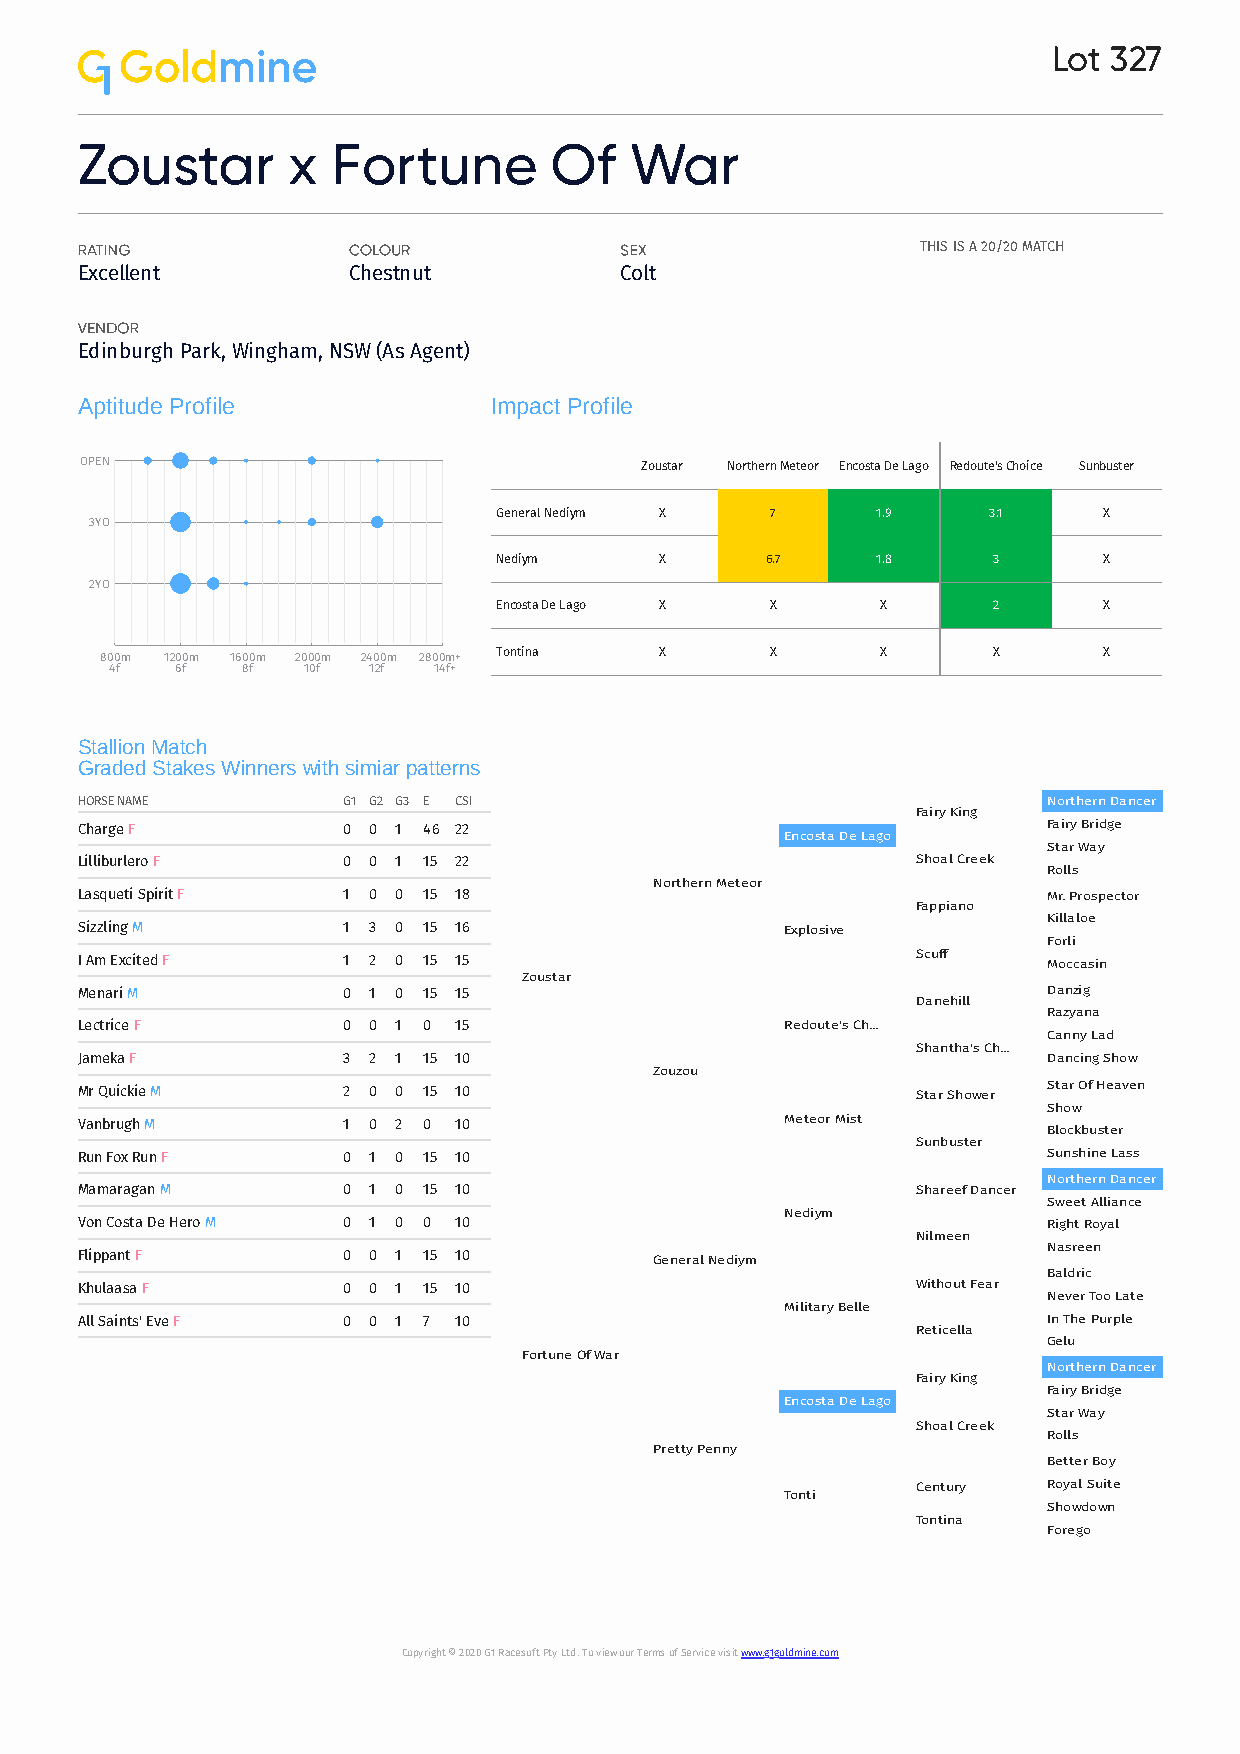
Lot 327
 Zoustar       x  Fortune       Of    War
 RATING            COLOUR            SEX                 THIS IS A 20/20 MATCH
 Excellent         Chestnut          Colt
 VENDOR
 Edinburgh Park, Wingham, NSW (As Agent)
 Aptitude Profile           Impact Profile
 OPEN                                 Zoustar Northern Meteor Encosta De Lago Redoute's Choice Sunbuster
 General Nediym X  7      1.9    3.1     X
 3YO
 Nediym     X      6.7    1.8     3      X
 2YO
 Encosta De Lago X X      X       2      X
 800m 1200m 1600m 2000m 2400m 2800m+ Tontina X X    X       X      X
 4f   6f  8f  10f 12f  14f+
 Stallion Match
 Graded Stakes Winners with simiar patterns
 HORSE NAME        G1 G2 G3 E CSI                                Northern Dancer
 Fairy King
 Charge F          0 0 1 46 22                                   Fairy Bridge
 Encosta De Lago
 Star Way
 Lilliburlero F    0 0 1 15 22                           Shoal Creek
 Rolls
 Northern Meteor
 Lasqueti Spirit F 1 0 0 15 18                                   Mr. Prospector
 Fappiano
 Killaloe
 Sizzling M        1 3 0 15 16                  Explosive
 Forli
 I Am Excited F    1 2 0 15 15                           Scuff   Moccasin
 Zoustar
 Menari M          0 1 0 15 15                                   Danzig
 Danehill
 Razyana
 Lectrice F        0 0 1 0 15                   Redoute's Ch...
 Canny Lad
 Shantha's Ch...
 Jameka F          3 2 1 15 10                                   Dancing Show
 Zouzou
 Mr Quickie M      2 0 0 15 10                           Star Shower Star Of Heaven
 Show
 Vanbrugh M        1 0 2 0 10                   Meteor Mist
 Blockbuster
 Sunbuster
 Run Fox Run F     0 1 0 15 10                                   Sunshine Lass
 Northern Dancer
 Mamaragan M       0 1 0 15 10                           Shareef Dancer
 Sweet Alliance
 Nediym
 Von Costa De Hero M 0 1 0 0 10                                  Right Royal
 Nilmeen
 Nasreen
 Flippant F        0 0 1 15 10         General Nediym
 Baldric
 Khulaasa F        0 0 1 15 10                           Without Fear
 Never Too Late
 Military Belle
 All Saints' Eve F 0 0 1 7 10                                    In The Purple
 Reticella
 Gelu
 Fortune Of War
 Northern Dancer
 Fairy King
 Fairy Bridge
 Encosta De Lago
 Star Way
 Shoal Creek
 Rolls
 Pretty Penny
 Better Boy
 Century Royal Suite
 Tonti
 Showdown
 Tontina
 Forego
 Copyright © 2020 G1 Racesoft Pty Ltd. To view our Terms of Service visit www.g1goldmine.com